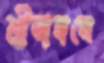
শ্রীঅঙ্গনে